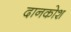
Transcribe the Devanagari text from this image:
दानकोश